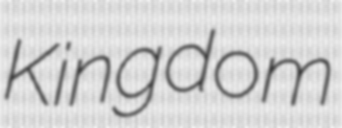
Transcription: Kingdom